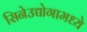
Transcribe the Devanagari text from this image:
सिनेउद्योगामध्ये